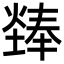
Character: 㷯